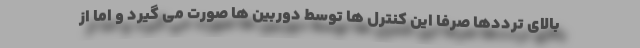
بالای ترددها صرفا این کنترل ها توسط دوربین ها صورت می گیرد و اما از